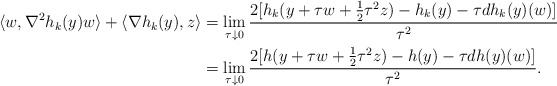
\begin{align*} \langle w,\nabla^2 h_{k}(y)w\rangle+\langle\nabla h_{k}(y), z\rangle &=\lim_{\tau\downarrow 0}\frac{2[h_k(y+\tau w+\frac{1}{2}\tau^2z)-h_k(y)-\tau dh_k(y)(w)]}{\tau^2}\\ &=\lim_{\tau\downarrow 0}\frac{2[h(y+\tau w+\frac{1}{2}\tau^2z)-h(y)-\tau dh(y)(w)]}{\tau^2}. \end{align*}